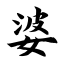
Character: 婆